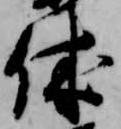
休